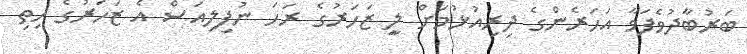
ބަރުބާދުވެފަވާ އަހަރެންގެ ދިރިއުޅުމަށް ލިީ ޒަހަރުގެ ރަހަ ނުފިލިއަސް އެ ޒަހަރުގެ ހިތި